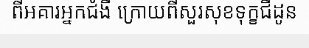
ពីអគារអ្នកជំងឺ ក្រោយពីសួរសុខទុក្ខជីដូន